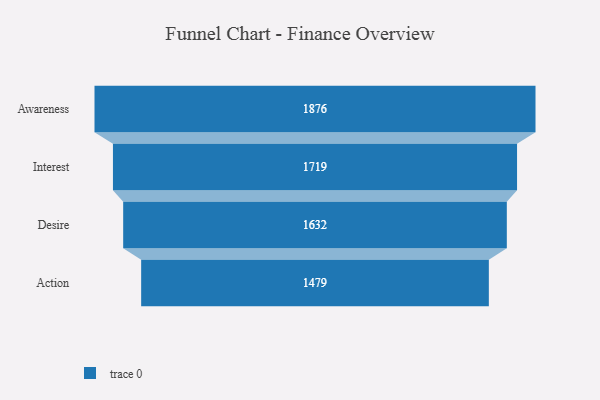
{"axis": {"x": "Stage", "y": "Value"}, "legend": [""], "data": [{"x": "Awareness", "y": 1876.0, "type": ""}, {"x": "Interest", "y": 1719.0, "type": ""}, {"x": "Desire", "y": 1632.0, "type": ""}, {"x": "Action", "y": 1479.0, "type": ""}]}